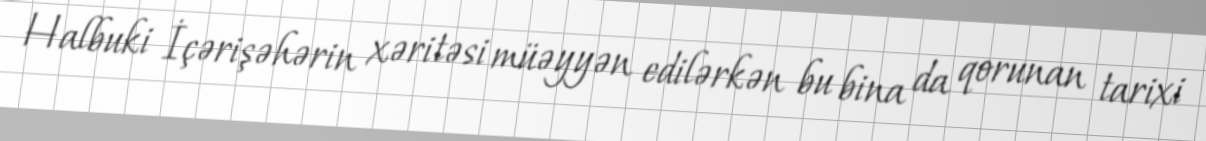
Halbuki İçərişəhərin xəritəsi müəyyən edilərkən bu bina da qorunan tarixi